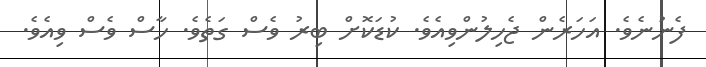
ފެނުނެވެ. އަހަރެން ޖެހިލުންވިއެވެ. ކުޑަކޮށް ބިރު ވެސް ގަތެވެ. ހާސް ވެސް ވިއެވެ.